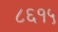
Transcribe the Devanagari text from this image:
८६१५